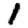
Digit: 1